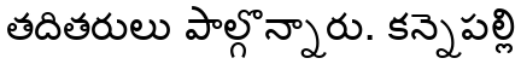
తదితరులు పాల్గొన్నారు. కన్నెపల్లి